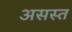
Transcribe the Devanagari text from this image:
असस्त